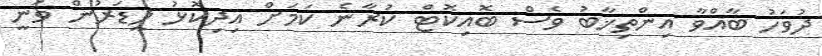
ދުވަހު ބާއްވާ އިންތިޚާބު ވެސް ބޮއިކޮޓް ކުރާނެ ކަމަށް އިދިކޮޅު ލީޑަރުން ވަނީ